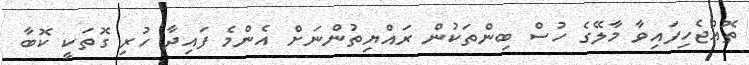
ތޮއްޖެހިފައިވާ މާލޭގެ ހުސް ބިންތަކުން ރައްޔިތުންނަށް އެންމެ ފައިދާ ހުރި ގޮތަކީ ކޮބާ